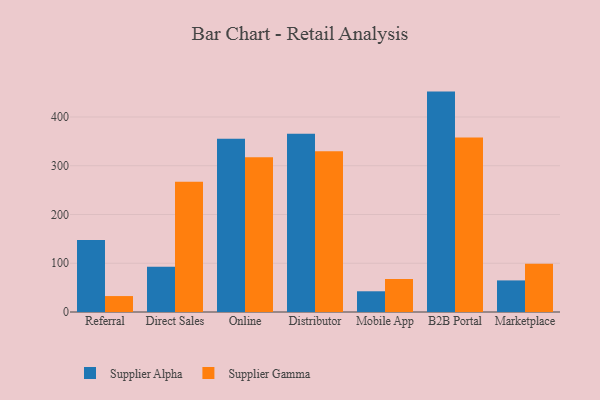
{"axis": {"x": "Channel", "y": "Population (Million)"}, "legend": ["Supplier Alpha", "Supplier Gamma"], "data": [{"x": "Referral", "y": 147.6, "type": "Supplier Alpha"}, {"x": "Referral", "y": 32.7, "type": "Supplier Gamma"}, {"x": "Direct Sales", "y": 93.0, "type": "Supplier Alpha"}, {"x": "Direct Sales", "y": 267.3, "type": "Supplier Gamma"}, {"x": "Online", "y": 355.4, "type": "Supplier Alpha"}, {"x": "Online", "y": 317.5, "type": "Supplier Gamma"}, {"x": "Distributor", "y": 365.7, "type": "Supplier Alpha"}, {"x": "Distributor", "y": 329.9, "type": "Supplier Gamma"}, {"x": "Mobile App", "y": 42.5, "type": "Supplier Alpha"}, {"x": "Mobile App", "y": 67.7, "type": "Supplier Gamma"}, {"x": "B2B Portal", "y": 452.1, "type": "Supplier Alpha"}, {"x": "B2B Portal", "y": 357.9, "type": "Supplier Gamma"}, {"x": "Marketplace", "y": 64.8, "type": "Supplier Alpha"}, {"x": "Marketplace", "y": 99.0, "type": "Supplier Gamma"}]}